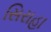
સિરાહા